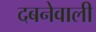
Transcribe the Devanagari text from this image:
दबनेवाली